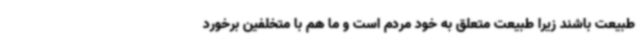
طبیعت باشند زیرا طبیعت متعلق به خود مردم است و ما هم با متخلفین برخورد